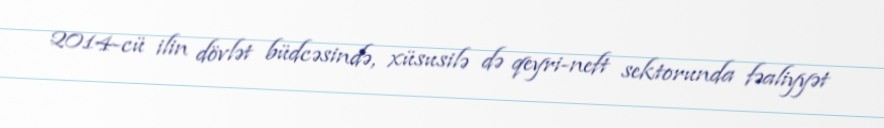
2014-cü ilin dövlət büdcəsində, xüsusilə də qeyri-neft sektorunda fəaliyyət